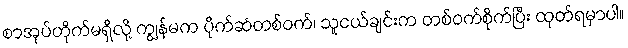
စာအုပ်တိုက်မရှိလို့ ကျွန်မက ပိုက်ဆံတစ်ဝက်၊ သူငယ်ချင်းက တစ်ဝက်စိုက်ပြီး ထုတ်ရမှာပါ။